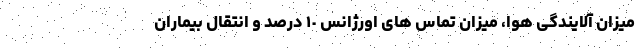
میزان آلایندگی هوا، میزان تماس های اورژانس ١٠ درصد و انتقال بیماران